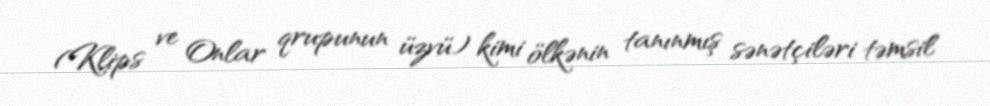
(Klips ve Onlar qrupunun üzvü) kimi ölkənin tanınmış sənətçiləri təmsil